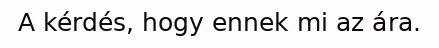
A kérdés, hogy ennek mi az ára.